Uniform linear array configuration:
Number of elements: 32
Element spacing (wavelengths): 1
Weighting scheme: hamming
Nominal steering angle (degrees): -60
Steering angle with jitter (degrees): -61.175
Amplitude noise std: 0.05
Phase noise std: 0.05

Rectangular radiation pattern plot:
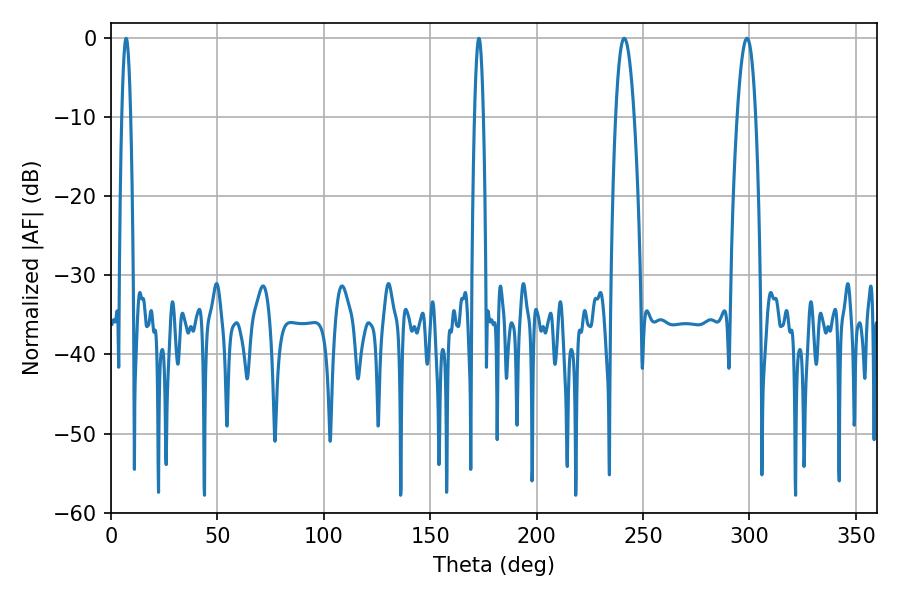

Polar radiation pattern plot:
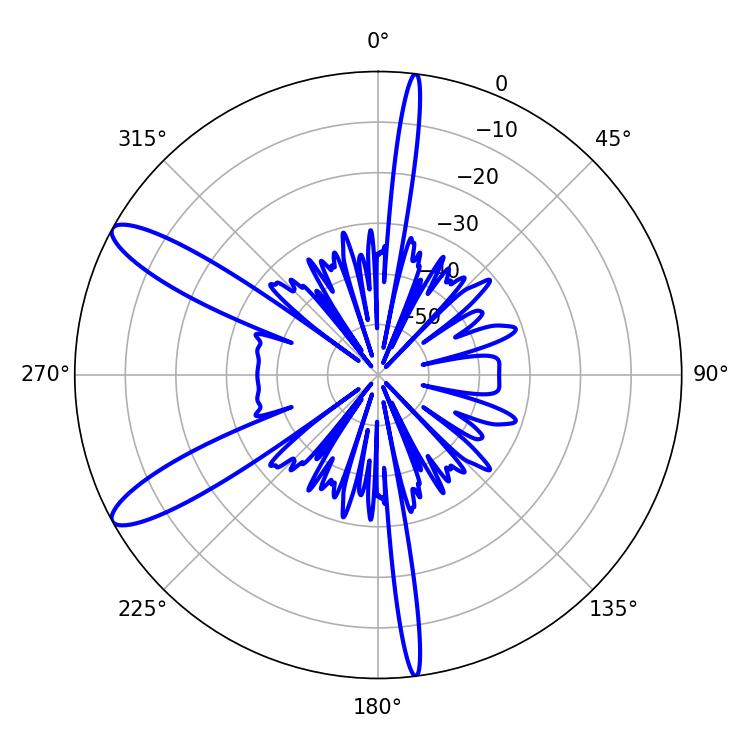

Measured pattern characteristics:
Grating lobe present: TRUE
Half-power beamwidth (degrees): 4.86
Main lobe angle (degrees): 241.2